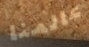
عالمنا